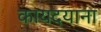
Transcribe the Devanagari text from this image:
कायदयाना